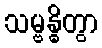
သမ္ဗန္ဓိတွာ